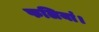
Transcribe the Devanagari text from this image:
फलियां।